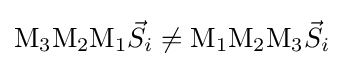
\mathrm {M} _{3}\mathrm {M} _{2}\mathrm {M} _{1}{\vec {S}}_{i}\neq \mathrm {M} _{1}\mathrm {M} _{2}\mathrm {M} _{3}{\vec {S}}_{i}\